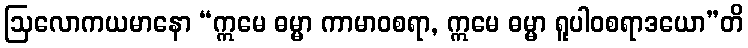
ဩလောကယမာနော “ဣမေ ဓမ္မာ ကာမာဝစရာ, ဣမေ ဓမ္မာ ရူပါဝစရာဒယော”တိ